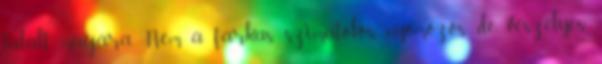
talált magára. Nem a farkas szimatolós, nyomozós, de veszélyes